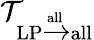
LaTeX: \mathcal{T}_{\textrm{LP}\xrightarrow{\textrm{all}}\textrm{all}}